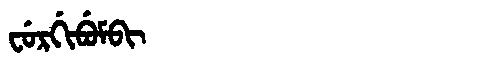
Manchu: ᠸᡠᡵᡤᡳᠪᡠᠮᠪᡳ
Romanization: FURGIBUMBI